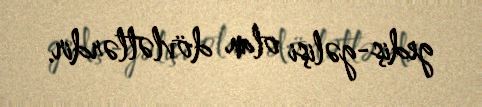
gediş-gəlişi olan dövlətlərdir.